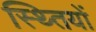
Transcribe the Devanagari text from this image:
स्थ्तियों